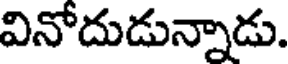
వినోదుడున్నాడు.